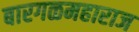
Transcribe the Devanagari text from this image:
बारगळमहाराज